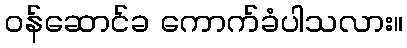
ဝန်ဆောင်ခ ကောက်ခံပါသလား။